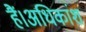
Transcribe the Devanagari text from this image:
हैं।अधिकांश